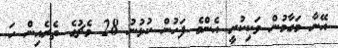
އޭނާ މަގާމުން ވަކިކުރީ އެންމެ ފަހުން ކުޅުނު 28 މެޗުގެ ތެރެއިން ހަ